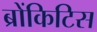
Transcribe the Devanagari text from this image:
ब्रोंकिटिस